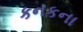
કનકના